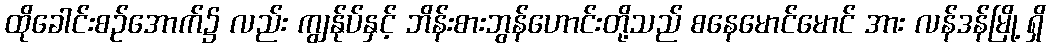
ထိုခေါင်းစဉ်အောက်၌ လည်း ကျွန်ုပ်နှင့် ဘိန်းစားဘွန်ဟောင်းတို့သည် စနေမောင်မောင် အား လန်ဒန်မြို့ ရှိ